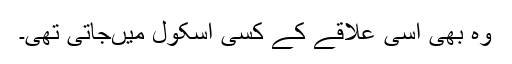
وہ بھی اُسی علاقے کے کسی اسکول میںجاتی تھی۔